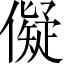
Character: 儗